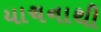
યાચનાથી